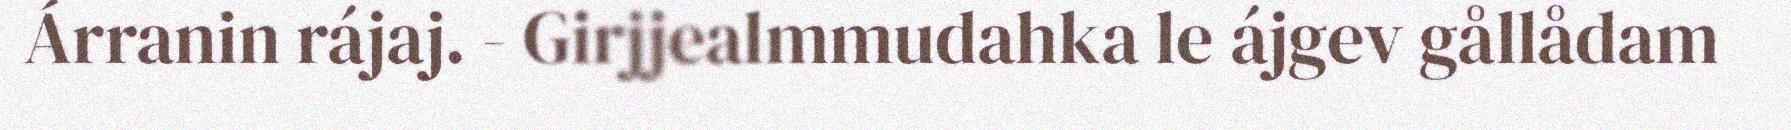
Árranin rájaj. - Girjjealmmudahka le ájgev gållådam